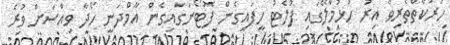
ހަރަކާތްތެރިވާ އިރު ހުޅުމާލޭގައި ފުލެޓު ހިފައިގެން ފޮޓޯނަގައިގެން އާމްދަނީ ހޯދާ ވިއްސަށް ވުރެ